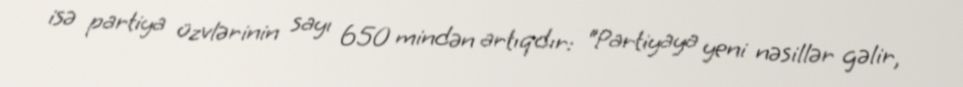
isə partiya üzvlərinin sayı 650 mindən artıqdır: “Partiyaya yeni nəsillər gəlir,